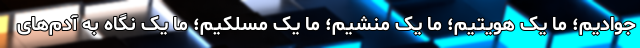
جوادیم؛ ما یک هویتیم؛ ما یک منشیم؛ ما یک مسلکیم؛ ما یک نگاه به آدم‌های